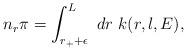
LaTeX: \begin{align*}n_r\pi=\int_{r_++\epsilon}^L~dr~k(r, l, E),\end{align*}